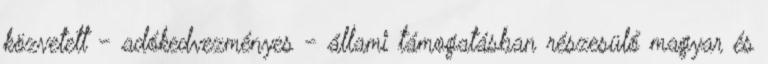
közvetett - adókedvezményes - állami támogatásban részesülő magyar és